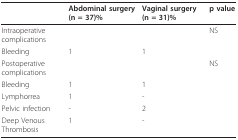
|  | Abdominal surgery(n = 37)% | Vaginal surgery(n = 31)% | p value |
 | --- | --- | --- | --- |
 | Intraoperative complications |  |  | NS |
 | Bleeding | 1 | 1 |  |
 | Postoperative complications |  |  | NS |
 | Bleeding | 1 | 1 |  |
 | Lymphorrea | 1 | - |  |
 | Pelvic infection | - | 2 |  |
 | Deep Venous Thrombosis | 1 | - |  |